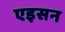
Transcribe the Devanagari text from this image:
एइसन